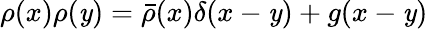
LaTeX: \rho(x)\rho(\mathit{y})={\bar{{\rho}}}(x)\delta(x-\mathit{y})+g(x-\mathit{y})